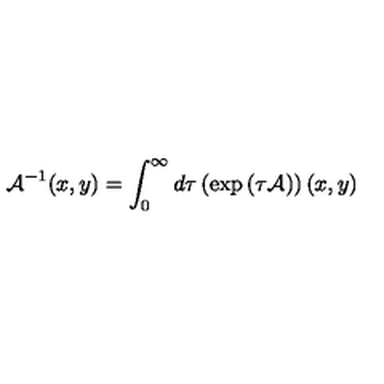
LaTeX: { \cal A } ^ { - 1 } ( x , y ) = \int _ { 0 } ^ { \infty } d \tau \left( \exp \left( \tau { \cal A } \right) \right) ( x , y )